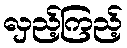
လှည့်ကြည့်